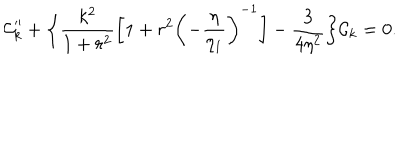
{ \cal C } _ { k } ^ { \prime \prime } + \biggl \{ \frac { k ^ { 2 } } { 1 + r ^ { 2 } } \biggl [ 1 + r ^ { 2 } \biggl ( - \frac { \eta } { \eta _ { 1 } } \biggr ) ^ { - 1 } \biggr ] - \frac { 3 } { 4 \eta ^ { 2 } } \biggr \} { \cal C } _ { k } = 0 .